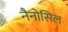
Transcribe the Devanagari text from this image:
नैनोसिल